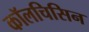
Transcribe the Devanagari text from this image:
कॉलचिसिन